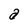
Character: a